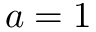
a = 1